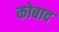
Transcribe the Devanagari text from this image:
कोबाद